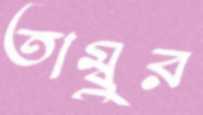
তাম্বুর